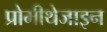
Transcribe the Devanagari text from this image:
प्रोमीथेजाइन